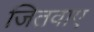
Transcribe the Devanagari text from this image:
जितवाए